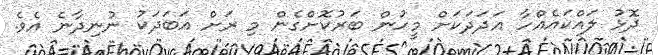
ދޮޅު ލައްކައެއްހާ އަދަދަކަށް މީހުން ބަރުކޮށްގެން މި ރަށް އަބަދަކު ނުނިދާނެ އެވެ.